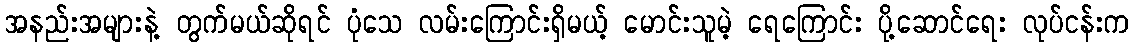
အနည်းအများနဲ့ တွက်မယ်ဆိုရင် ပုံသေ လမ်းကြောင်းရှိမယ့် မောင်းသူမဲ့ ရေကြောင်း ပို့ဆောင်ရေး လုပ်ငန်းက